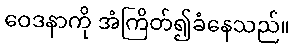
ဝေဒနာကို အံကြိတ်၍ခံနေသည်။